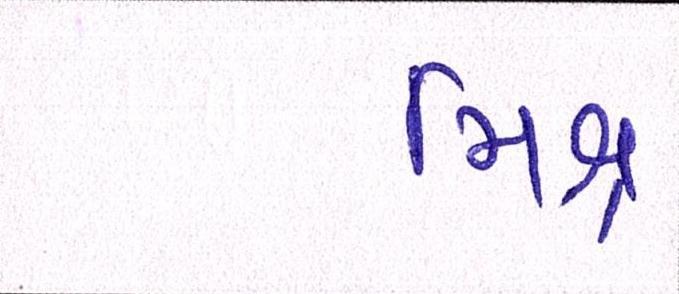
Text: મિશ્ર